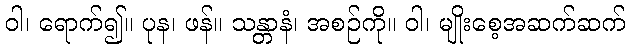
ဝါ၊ ရောက်၍။ ပုန၊ ဖန်။ သန္တာနံ၊ အစဉ်ကို။ ဝါ၊ မျိုးစေ့အဆက်ဆက်